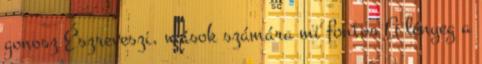
gonosz Észreveszi, mások számára mi fontos A lényeg a